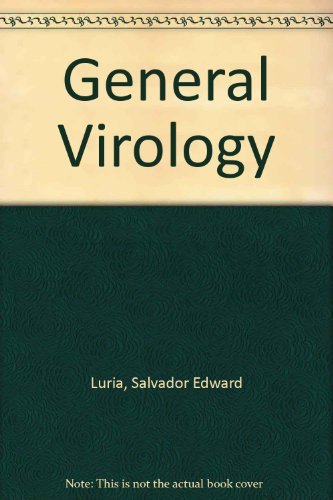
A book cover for General Virology; Salvador Edward Luria; Medical Books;